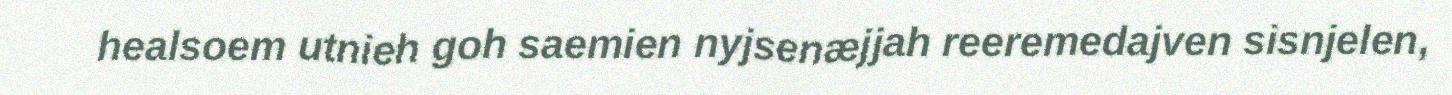
healsoem utnieh goh saemien nyjsenæjjah reeremedajven sisnjelen,